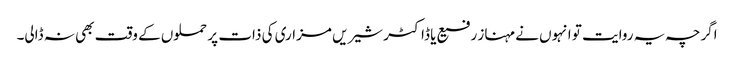
اگرچہ یہ روایت تو انہوں نے مہناز رفیع یا ڈاکٹر شیریں مزاری کی ذات پر حملوں کے وقت بھی نہ ڈالی۔